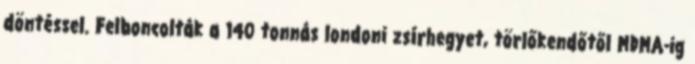
döntéssel. Felboncolták a 140 tonnás londoni zsírhegyet, törlőkendőtől MDMA-ig